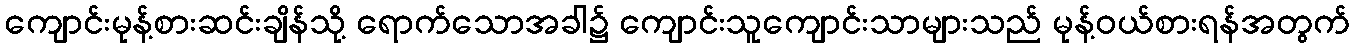
ကျောင်းမုန့်စားဆင်းချိန်သို့ ရောက်သောအခါ၌ ကျောင်းသူကျောင်းသာများသည် မုန့်ဝယ်စားရန်အတွက်